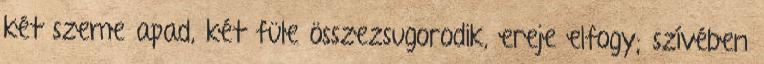
két szeme apad, két füle összezsugorodik, ereje elfogy; szívében